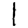
Digit: 1